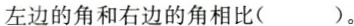
左边的角和右边的角相比( )。